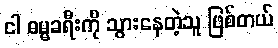
ငါ ဓမ္မခရီးကို သွားနေတဲ့သူ ဖြစ်တယ်